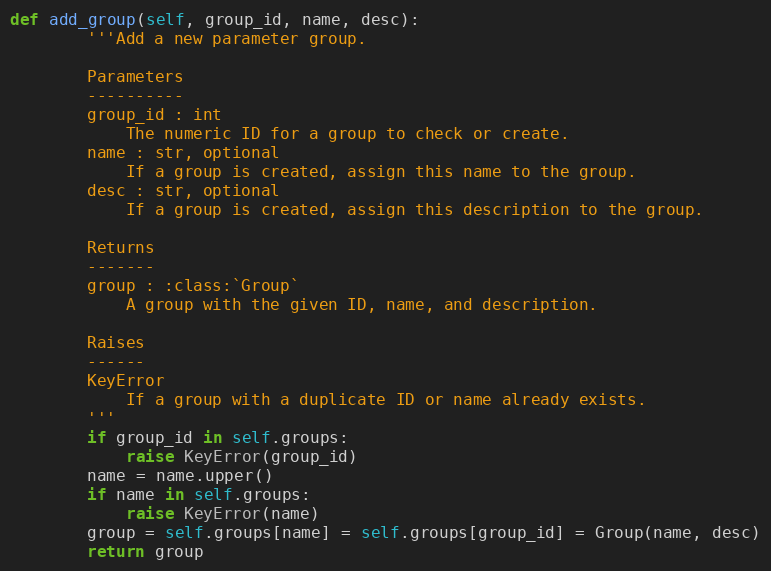
Language: Python
def add_group(self, group_id, name, desc):
        '''Add a new parameter group.

        Parameters
        ----------
        group_id : int
            The numeric ID for a group to check or create.
        name : str, optional
            If a group is created, assign this name to the group.
        desc : str, optional
            If a group is created, assign this description to the group.

        Returns
        -------
        group : :class:`Group`
            A group with the given ID, name, and description.

        Raises
        ------
        KeyError
            If a group with a duplicate ID or name already exists.
        '''
        if group_id in self.groups:
            raise KeyError(group_id)
        name = name.upper()
        if name in self.groups:
            raise KeyError(name)
        group = self.groups[name] = self.groups[group_id] = Group(name, desc)
        return group